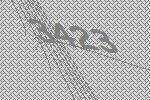
3423